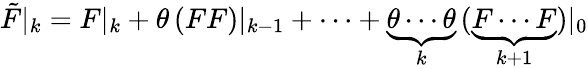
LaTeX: \tilde{F}|_{k}=F|_{k}+\theta\, (FF)|_{k-1}+\cdots+\underbrace{\theta\cdots\theta}_{k}\, (\underbrace{F\cdots F}_{k+1})|_{0}